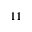
1 1